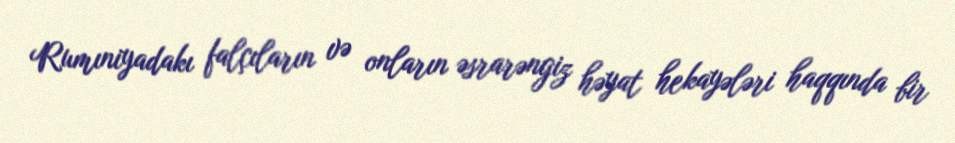
Rumıniyadakı falçıların və onların əsrarəngiz həyat hekayələri haqqında bir